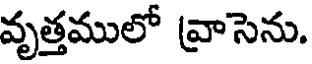
వృత్తములో వ్రాసెను.